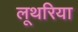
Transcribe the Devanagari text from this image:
लूथरिया